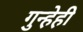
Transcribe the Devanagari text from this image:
गुन्हेही